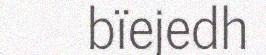
bïejedh